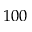
1 0 0